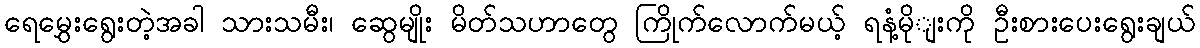
ရေမွှေးရွေးတဲ့အခါ သားသမီး၊ ဆွေမျိုး မိတ်သဟာတွေ ကြိုက်လောက်မယ့် ရနံ့မိုျးကို ဦးစားပေးရွေးချယ်